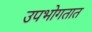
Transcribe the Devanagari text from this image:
उपभोगतात